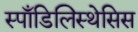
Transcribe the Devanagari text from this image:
स्पाँडिलिस्थेसिस